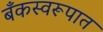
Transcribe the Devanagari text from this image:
बँकस्वरूपात